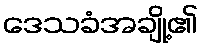
ဒေသခံအချို့၏